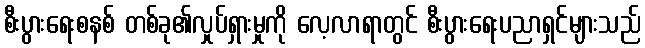
စီးပွားရေးစနစ် တစ်ခု၏လှုပ်ရှားမှုကို လေ့လာရာတွင် စီးပွားရေးပညာရှင်များသည်